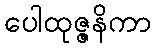
ပေါထုဇ္ဇနိကာ